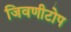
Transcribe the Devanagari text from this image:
जिवणीटोप